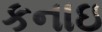
કનાઇ